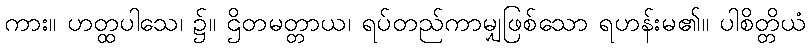
ကား။ ဟတ္ထပါသေ၊ ၌။ ဌိတမတ္တာယ၊ ရပ်တည်ကာမျှဖြစ်သော ရဟန်းမ၏။ ပါစိတ္တိယံ